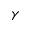
\gamma